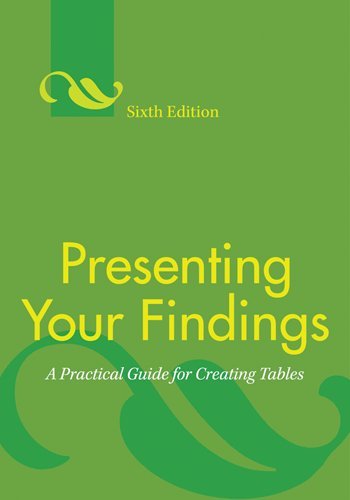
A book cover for Presenting Your Findings: A Practical Guide for Creating Tables; Adelheid A. M. Nicol; Medical Books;